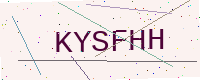
Text: KYSFHH